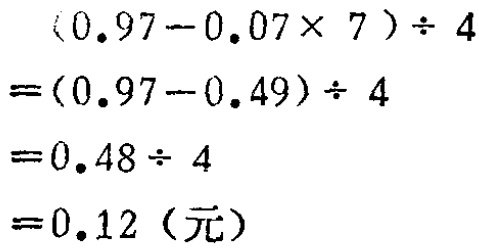
\[
\begin{align*}
&(0.97 - 0.07\times7)\div4\\
=&(0.97 - 0.49)\div4\\
=&0.48\div4\\
=&0.12（元）
\end{align*}
\]